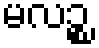
မလဉ္စ